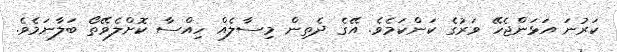
ކަރުނަ އަޅަންޖެހޭ ވަރުގެ ކަންކަމެވެ. އޭގެ ދެތިން މިސާލެއް ހިއްސާ ކޮށްލެވޭތޯ ބަލާނަމެވެ.